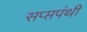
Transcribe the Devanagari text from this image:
सप्प्तपंथी